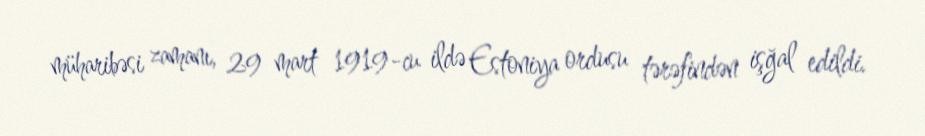
müharibəsi zamanı, 29 mart 1919-cu ildə Estoniya ordusu tərəfindən işğal edildi.